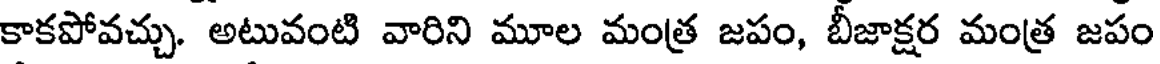
కాకపోవచ్చు. అటువంటి వారిని మూల మంత్ర జపం, బీజాక్షర మంత్ర జపం